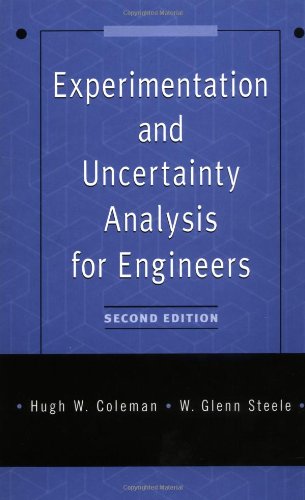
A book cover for Experimentation and Uncertainty Analysis for Engineers; Hugh W. Coleman; Engineering & Transportation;